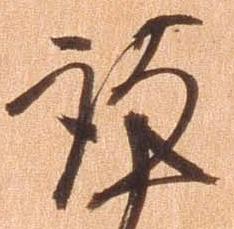
謹